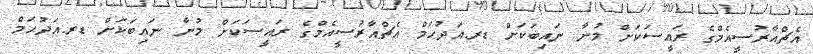
އެޗްއާރުސީއެމްގެ ރައީސަކަށް މުނާ ނައިބަކަށް ޑރ.އަދުހަމް އެޗްއާރުސީއެމްގެ ރައީސަކަށް މުނާ ނައިބަކަށް ޑރ.އަދުހަމް